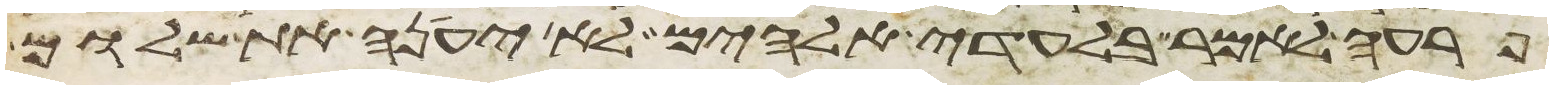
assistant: פרעה לאמר בלעדי אלהים לא יענה את שלום